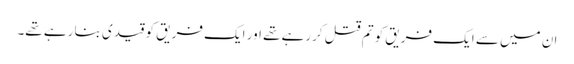
ان میں سے ایک فریق کو تم قتل کررہے تھے اور ایک فریق کو قیدی بنا رہے تھے۔